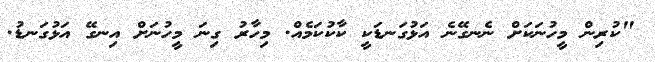
"ކުރިން މީހުނަކަށް ނެނގޭނެ އަޅުގަނޑަކީ ކާކުކަމެއް. މިހާރު ގިނަ މީހުނަށް އިނގޭ އަޅުގަނޑު.